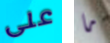
على ما